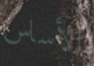
الأساس